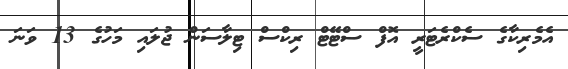
އެމެރިކާގެ ސެކްރެޓަރީ އޮފް ސްޓޭޓް ރިކްސް ޓިލާސަން ޖުލައި މަހުގެ 13 ވަނަ